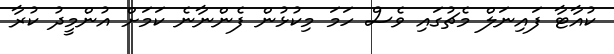
ކުއާޓާ ފައިނަލް މެޗުގައި ވެސް ހަމަ މިކުޅުން ފެންނާނެ ކަމަށް އުންމީދު ކުރާ